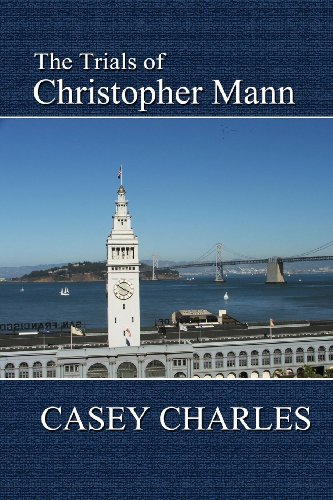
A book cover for The Trials of Christopher Mann; Casey Charles; Literature & Fiction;